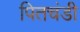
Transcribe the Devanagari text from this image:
पितचंडी